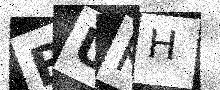
Text: BUKH